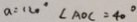
a = 1 2 0 ^ { \circ } \angle A O C = 4 0 ^ { \circ }